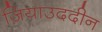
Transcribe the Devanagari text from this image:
ज़ियाउददीन